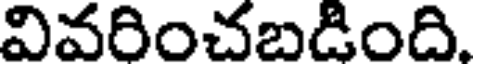
వివరించబడింది.